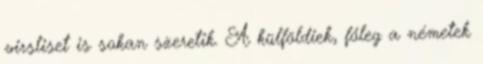
virsliset is sokan szeretik. A külföldiek, főleg a németek